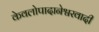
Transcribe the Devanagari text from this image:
केवलोपादानेश्वरवादी